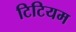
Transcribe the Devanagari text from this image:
टिटियम